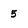
Character: 5